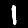
Digit: 1